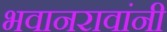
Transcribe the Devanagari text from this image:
भवानरावांनी